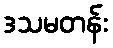
ဒသမတန်း